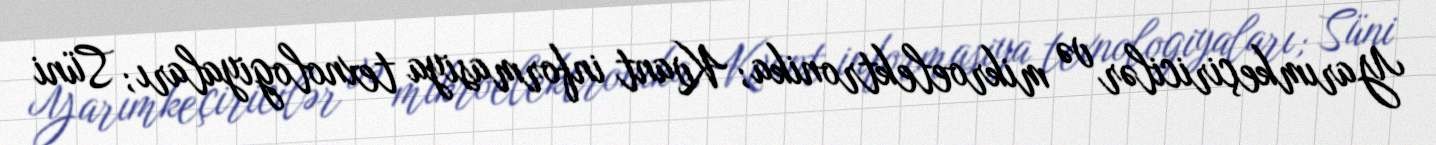
Yarımkeçiricilər və mikroelektronika; Kvant informasiya texnologiyaları; Süni